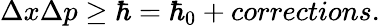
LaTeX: \Delta x\Delta p\ge\hbar=\hbar_{0}+corrections.